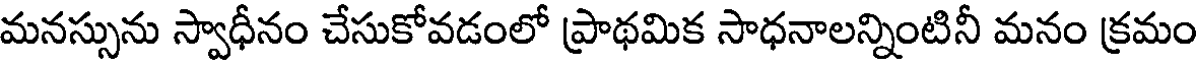
మనస్సును స్వాధీనం చేసుకోవడంలో ప్రాథమిక సాధనాలన్నింటినీ మనం క్రమం